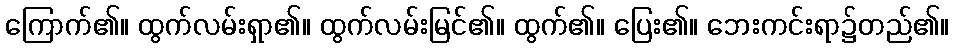
ကြောက်၏။ ထွက်လမ်းရှာ၏။ ထွက်လမ်းမြင်၏။ ထွက်၏။ ပြေး၏။ ဘေးကင်းရာ၌တည်၏။